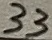
Text: 33